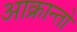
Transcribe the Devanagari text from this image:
आक्रान्तो